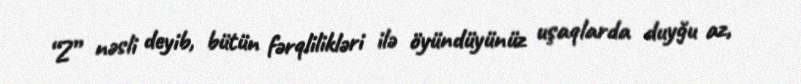
“Z” nəsli deyib, bütün fərqlilikləri ilə öyündüyünüz uşaqlarda duyğu az,